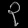
Digit: ၃